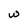
Character: w